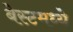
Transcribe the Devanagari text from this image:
बेस्टमध्ये